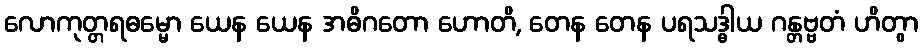
လောကုတ္တရဓမ္မော ယေန ယေန အဓိဂတော ဟောတိ, တေန တေန ပရသဒ္ဓါယ ဂန္တဗ္ဗတံ ဟိတွာ